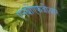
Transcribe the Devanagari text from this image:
एनबीएफजीआर